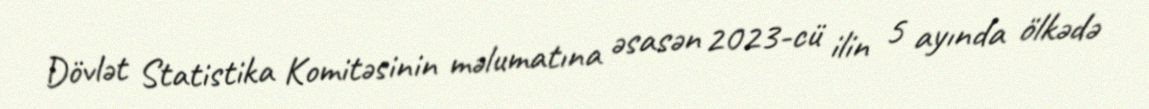
Dövlət Statistika Komitəsinin məlumatına əsasən 2023-cü ilin 5 ayında ölkədə